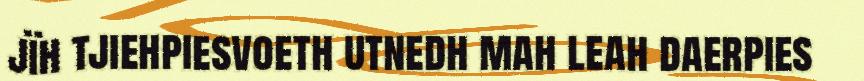
jïh tjiehpiesvoeth utnedh mah leah daerpies